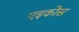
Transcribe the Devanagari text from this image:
एइकोस